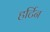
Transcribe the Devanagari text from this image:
हर्टिन